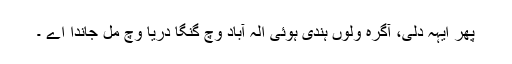
پھر ایہہ دلی، آگرہ ولوں ہندی ہوئی الہٰ آباد وچّ گنگا دریا وچّ مل جاندا اے ۔